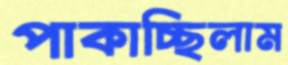
পাকাচ্ছিলাম